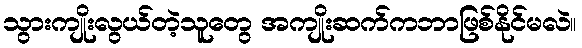
သွားကျိုးလွယ်တဲ့သူတွေ အကျိုးဆက်ကဘာဖြစ်နိုင်မလဲ။